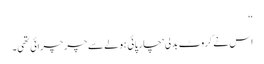
‘‘
اس نے کروٹ بدلی‘ چارپائی ہولے سے چر چرائی تھی۔